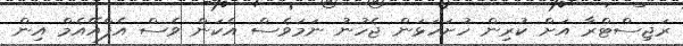
ރަޖިސްޓްރާ އަށް ކުރިން ހުށަހަޅަން ޖެހުނު ނަމަވެސް އެކަން ވެސް އެފްއޭއެމް އިން